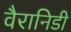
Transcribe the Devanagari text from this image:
वैरानिडी